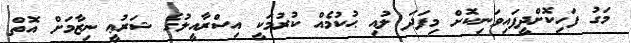
މަގު ފަހިކޮށްދީފައިވަނިކޮށް މިފަދަ ލުއި ޙުކުމެއް ކުރުމަކީ އިސްރާއީލުގެ ޝަރުޢީ ނިޒާމަށް އޮތް